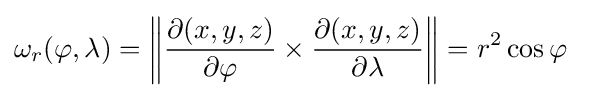
\omega _{r}(\varphi ,\lambda )=\left\|{\partial (x,y,z) \over \partial \varphi }\times {\partial (x,y,z) \over \partial \lambda }\right\|=r^{2}\cos \varphi \